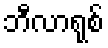
ဘီလာရုစ်